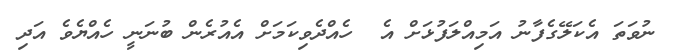
ނުވަތަ އެކަލޭގެފާނު އަމިއްލަފުޅަށް އެ  ހެއްދެވިކަމަށް އެއުރެން ބުނަނީ ހެއްޔެވެ އަދި